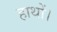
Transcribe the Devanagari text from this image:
हाथों।